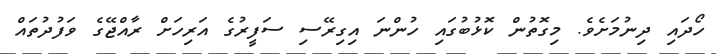
ހޯދައި ދިނުމަށެވެ. މިގޮތުން ކޮޅުބުގައި ހުންނަ އިގިރޭސި ސަފީރުގެ އަރިހަށް ރާއްޖޭގެ ވަފުދުތައް